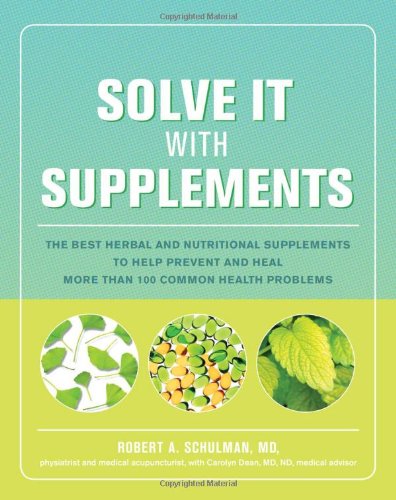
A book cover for Solve It with Supplements: The Best Herbal and Nutritional Supplements to Help Prevent and Heal More than 100 Common Health Problems; Robert Schulman; Health, Fitness & Dieting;